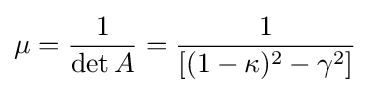
\mu ={\frac {1}{\det A}}={\frac {1}{[(1-\kappa )^{2}-\gamma ^{2}]}}